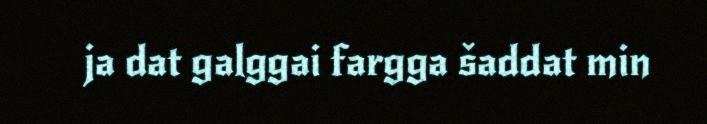
ja dat galggai fargga šaddat min